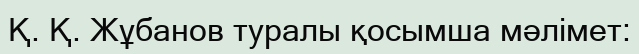
Қ. Қ. Жұбанов туралы қосымша мәлімет: